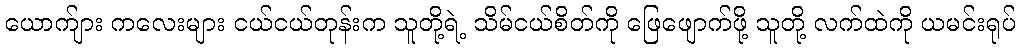
ယောက်ျား ကလေးများ ငယ်ငယ်တုန်းက သူတို့ရဲ့ သိမ်ငယ်စိတ်ကို ဖြေဖျောက်ဖို့ သူတို့ လက်ထဲကို ယမင်းရုပ်